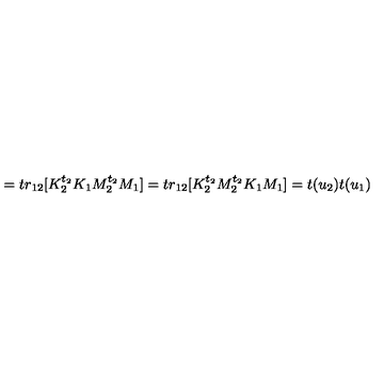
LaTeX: = t r _ { 1 2 } [ K _ { 2 } ^ { t _ { 2 } } K _ { 1 } M _ { 2 } ^ { t _ { 2 } } M _ { 1 } ] = t r _ { 1 2 } [ K _ { 2 } ^ { t _ { 2 } } M _ { 2 } ^ { t _ { 2 } } K _ { 1 } M _ { 1 } ] = t ( u _ { 2 } ) t ( u _ { 1 } )